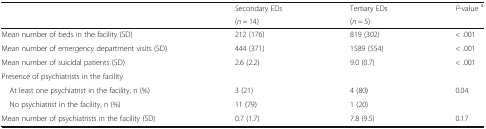
<table><thead><tr><td rowspan="2"></td><td><b>Secondary EDs</b></td><td><b>Tertiary EDs</b></td><td rowspan="2"><b><i>P</i>-value <sup>a</sup></b></td></tr><tr><td><b>(<i>n</i> = 14)</b></td><td><b>(<i>n</i> = 5)</b></td></tr></thead><tbody><tr><td>Mean number of beds in the facility (SD)</td><td>212 (176)</td><td>819 (302)</td><td>&lt; .001</td></tr><tr><td>Mean number of emergency department visits (SD)</td><td>444 (371)</td><td>1589 (554)</td><td>&lt; .001</td></tr><tr><td>Mean number of suicidal patients (SD)</td><td>2.6 (2.2)</td><td>9.0 (0.7)</td><td>&lt; .001</td></tr><tr><td colspan="4">Presence of psychiatrists in the facility</td></tr><tr><td> At least one psychiatrist in the facility, n (%)</td><td>3 (21)</td><td>4 (80)</td><td>0.04</td></tr><tr><td> No psychiatrist in the facility, n (%)</td><td>11 (79)</td><td>1 (20)</td><td></td></tr><tr><td>Mean number of psychiatrists in the facility (SD)</td><td>0.7 (1.7)</td><td>7.8 (9.5)</td><td>0.17</td></tr></tbody></table>